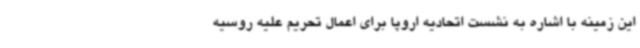
این زمینه با اشاره به نشست اتحادیه اروپا برای اعمال تحریم علیه روسیه